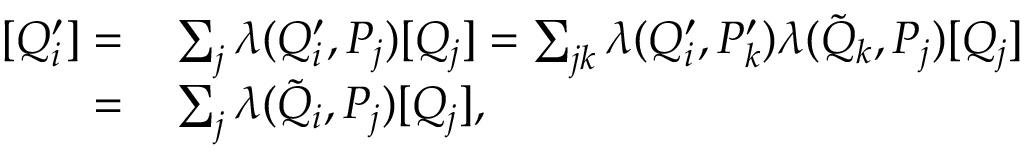
\begin{array} { r l } { [ Q _ { i } ^ { \prime } ] = } & { { } \sum _ { j } \lambda ( Q _ { i } ^ { \prime } , P _ { j } ) [ Q _ { j } ] = \sum _ { j k } \lambda ( Q _ { i } ^ { \prime } , P _ { k } ^ { \prime } ) \lambda ( \tilde { Q } _ { k } , P _ { j } ) [ Q _ { j } ] } \\ { = } & { { } \sum _ { j } \lambda ( \tilde { Q } _ { i } , P _ { j } ) [ Q _ { j } ] , } \end{array}